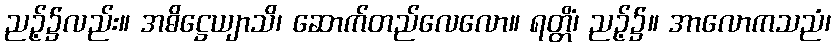
ညဉ့်၌လည်း။ အဓိဋ္ဌေယျာသိ၊ ဆောက်တည်လေလော။ ရတ္တိံ၊ ညဉ့်၌။ အာလောကသညံ၊